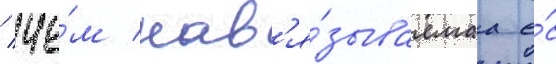
/ че́м нав'я́зываемаа е́с